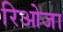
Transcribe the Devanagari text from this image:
रिओजा